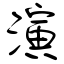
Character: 演